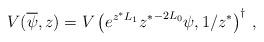
LaTeX: \begin{align*}V(\overline\psi,z)=V\left(e^{z^\ast L_1}{z^\ast}^{-2L_0}\psi,1/z^\ast\right)^\dagger\,,\end{align*}